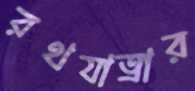
রথযাত্রার